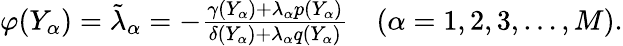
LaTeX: \begin{array}{r}{\varphi(Y_{\alpha})=\tilde{\lambda}_{\alpha}=-\frac{\gamma(Y_{\alpha})+\lambda_{\alpha}p(Y_{\alpha})}{\delta(Y_{\alpha})+\lambda_{\alpha}q(Y_{\alpha})}\quad(\alpha=1,2,3,\ldots,M).}\end{array}